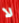
لا